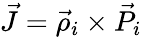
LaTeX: \vec{J}=\vec{\rho}_{i}\times\vec{P}_{i}